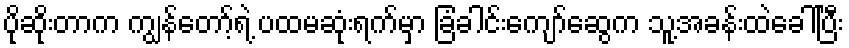
ပိုဆိုးတာက ကျွန်တော့်ရဲ့ ပထမဆုံးရက်မှာ ခြံခါင်းကျော်ဆွေက သူ့အခန်းထဲခေါ်ပြီး